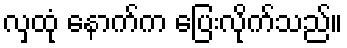
လှထုံ နောက်က ပြေးလိုက်သည်။